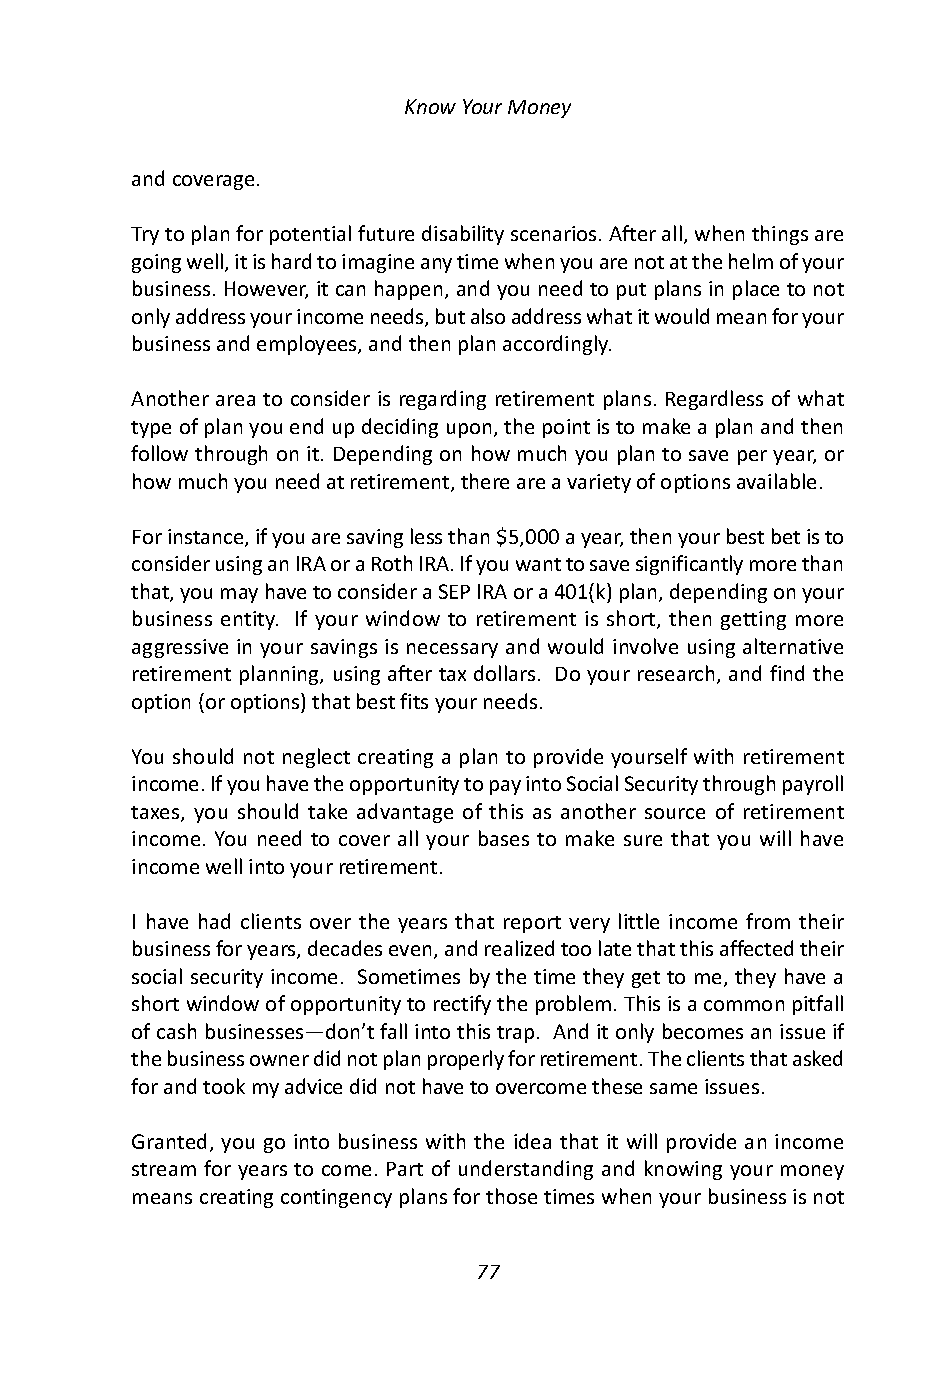
Know Your Money
 and coverage.
 Try to plan for potential future disability scenarios. After all, when things are
 going well, it is hard to imagine any time when you are not at the helm of your
 business. However, it can happen, and you need to put plans in place to not
 only address your income needs, but also address what it would mean for your
 business and employees, and then plan accordingly.
 Another area to consider is regarding retirement plans. Regardless of what
 type of plan you end up deciding upon, the point is to make a plan and then
 follow through on it. Depending on how much you plan to save per year, or
 how much you need at retirement, there are a variety of options available.
 For instance, if you are saving less than $5,000 a year, then your best bet is to
 consider using an IRA or a Roth IRA. If you want to save significantly more than
 that, you may have to consider a SEP IRA or a 401(k) plan, depending on your
 business entity. If your window to retirement is short, then getting more
 aggressive in your savings is necessary and would involve using alternative
 retirement planning, using after tax dollars. Do your research, and find the
 option (or options) that best fits your needs.
 You should not neglect creating a plan to provide yourself with retirement
 income. If you have the opportunity to pay into Social Security through payroll
 taxes, you should take advantage of this as another source of retirement
 income. You need to cover all your bases to make sure that you will have
 income well into your retirement.
 I have had clients over the years that report very little income from their
 business for years, decades even, and realized too late that this affected their
 social security income. Sometimes by the time they get to me, they have a
 short window of opportunity to rectify the problem. This is a common pitfall
 of cash businesses—don’t fall into this trap. And it only becomes an issue if
 the business owner did not plan properly for retirement. The clients that asked
 for and took my advice did not have to overcome these same issues.
 Granted, you go into business with the idea that it will provide an income
 stream for years to come. Part of understanding and knowing your money
 means creating contingency plans for those times when your business is not
 77